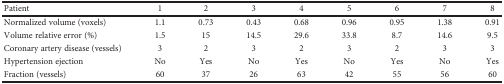
<table><thead><tr><td><b>Patient</b></td><td><b>1</b></td><td><b>2</b></td><td><b>3</b></td><td><b>4</b></td><td><b>5</b></td><td><b>6</b></td><td><b>7</b></td><td><b>8</b></td></tr></thead><tbody><tr><td>Normalized volume (voxels)</td><td>1.1</td><td>0.73</td><td>0.43</td><td>0.68</td><td>0.96</td><td>0.95</td><td>1.38</td><td>0.91</td></tr><tr><td>Volume relative error (%)</td><td>1.5</td><td>15</td><td>14.5</td><td>29.6</td><td>33.8</td><td>8.7</td><td>14.6</td><td>9.5</td></tr><tr><td>Coronary artery disease (vessels)</td><td>3</td><td>2</td><td>3</td><td>2</td><td>3</td><td>2</td><td>3</td><td>3</td></tr><tr><td>Hypertension ejection</td><td>No</td><td>Yes</td><td>No</td><td>Yes</td><td>No</td><td>Yes</td><td>No</td><td>Yes</td></tr><tr><td>Fraction (vessels)</td><td>60</td><td>37</td><td>26</td><td>63</td><td>42</td><td>55</td><td>56</td><td>60</td></tr></tbody></table>